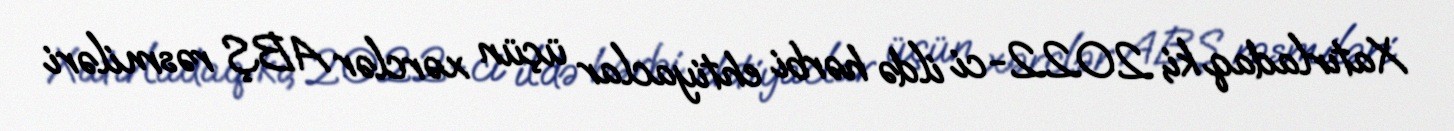
Xatırladaq ki, 2022-ci ildə hərbi ehtiyaclar üçün xərclər ABŞ rəsmiləri